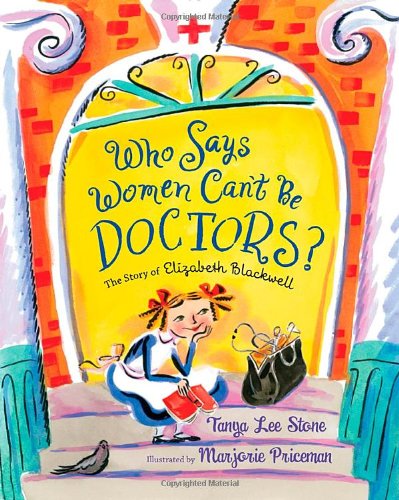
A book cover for Who Says Women Can't Be Doctors?: The Story of Elizabeth Blackwell (Christy Ottaviano Books); Tanya Lee Stone; Children's Books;